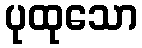
ပုထုသော